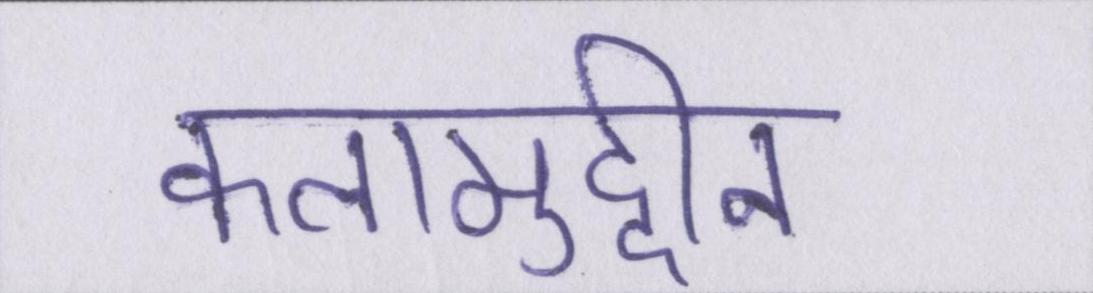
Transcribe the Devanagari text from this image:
कलामुद्दीन